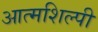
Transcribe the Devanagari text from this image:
आत्‍मशिल्‍पी